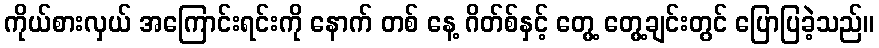
ကိုယ်စားလှယ် အကြောင်းရင်းကို နောက် တစ် နေ့ ဂိတ်စ်နှင့် တွေ့ တွေ့ချင်းတွင် ပြောပြခဲ့သည်။